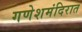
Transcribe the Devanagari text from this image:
गणेशमंदिरात